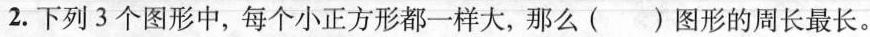
2.下列3个图形中，每个小正方形都一样大，那么()图形的周长最长。